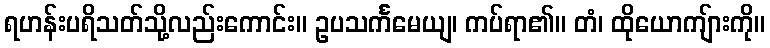
ရဟန်းပရိသတ်သို့လည်းကောင်း။ ဥပသင်္ကမေယျ၊ ကပ်ရာ၏။ တံ၊ ထိုယောကျ်ားကို။